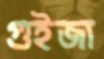
গুইজা